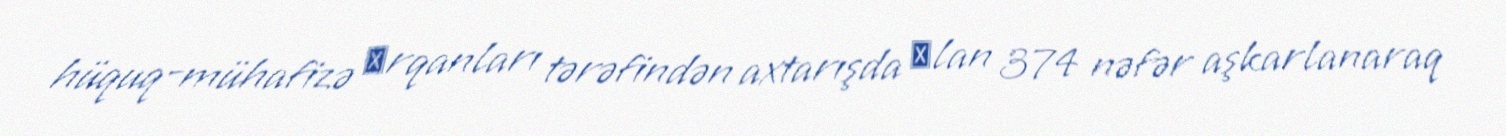
hüquq-mühafizə оrqanları tərəfindən axta­rışda оlan 374 nəfər aşkar­lanaraq